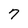
Character: 7